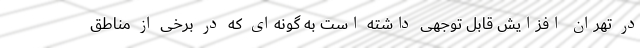
در تهران افزایش قابل توجهی داشته است به گونه‌ای که در برخی از مناطق